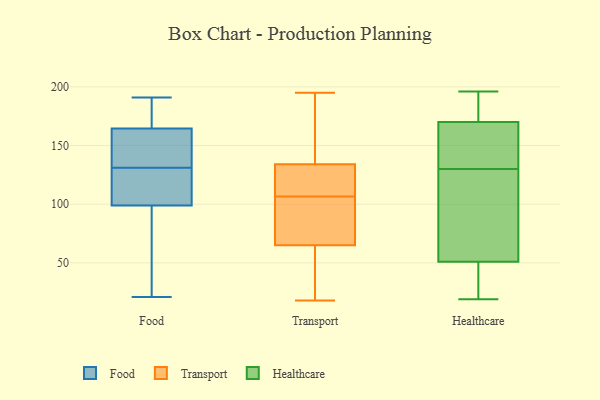
{"axis": {"x": "Waste Production (Tons)", "y": "Value"}, "legend": ["Food", "Healthcare", "Transport"], "data": [{"x": "", "y": 160, "type": "Food"}, {"x": "", "y": 171, "type": "Food"}, {"x": "", "y": 133, "type": "Food"}, {"x": "", "y": 89, "type": "Food"}, {"x": "", "y": 98, "type": "Food"}, {"x": "", "y": 100, "type": "Food"}, {"x": "", "y": 191, "type": "Food"}, {"x": "", "y": 169, "type": "Food"}, {"x": "", "y": 142, "type": "Food"}, {"x": "", "y": 190, "type": "Food"}, {"x": "", "y": 21, "type": "Food"}, {"x": "", "y": 110, "type": "Food"}, {"x": "", "y": 138, "type": "Food"}, {"x": "", "y": 129, "type": "Food"}, {"x": "", "y": 26, "type": "Food"}, {"x": "", "y": 101, "type": "Food"}, {"x": "", "y": 111, "type": "Transport"}, {"x": "", "y": 75, "type": "Transport"}, {"x": "", "y": 134, "type": "Transport"}, {"x": "", "y": 65, "type": "Transport"}, {"x": "", "y": 195, "type": "Transport"}, {"x": "", "y": 64, "type": "Transport"}, {"x": "", "y": 94, "type": "Transport"}, {"x": "", "y": 127, "type": "Transport"}, {"x": "", "y": 154, "type": "Transport"}, {"x": "", "y": 102, "type": "Transport"}, {"x": "", "y": 48, "type": "Transport"}, {"x": "", "y": 153, "type": "Transport"}, {"x": "", "y": 18, "type": "Transport"}, {"x": "", "y": 125, "type": "Transport"}, {"x": "", "y": 95, "type": "Healthcare"}, {"x": "", "y": 103, "type": "Healthcare"}, {"x": "", "y": 151, "type": "Healthcare"}, {"x": "", "y": 128, "type": "Healthcare"}, {"x": "", "y": 116, "type": "Healthcare"}, {"x": "", "y": 132, "type": "Healthcare"}, {"x": "", "y": 144, "type": "Healthcare"}, {"x": "", "y": 28, "type": "Healthcare"}, {"x": "", "y": 19, "type": "Healthcare"}, {"x": "", "y": 180, "type": "Healthcare"}, {"x": "", "y": 149, "type": "Healthcare"}, {"x": "", "y": 170, "type": "Healthcare"}, {"x": "", "y": 51, "type": "Healthcare"}, {"x": "", "y": 23, "type": "Healthcare"}, {"x": "", "y": 175, "type": "Healthcare"}, {"x": "", "y": 182, "type": "Healthcare"}, {"x": "", "y": 50, "type": "Healthcare"}, {"x": "", "y": 196, "type": "Healthcare"}]}